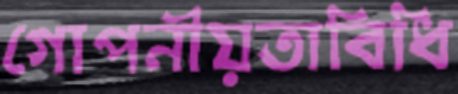
গোপনীয়তাবিধি